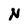
Character: N